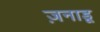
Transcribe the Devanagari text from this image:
ज़नाडू